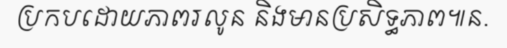
ប្រកបដោយភាពរលូន និងមានប្រសិទ្ធភាព៕ន.